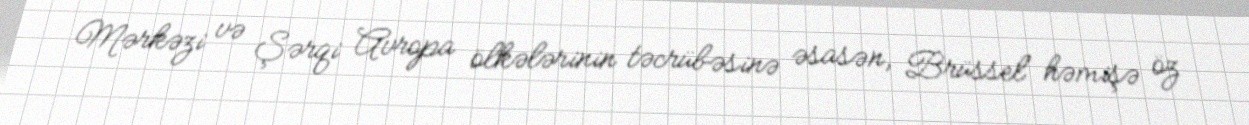
Mərkəzi və Şərqi Avropa ölkələrinin təcrübəsinə əsasən, Brüssel həmişə öz